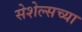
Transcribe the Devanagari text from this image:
सेशेल्सच्या